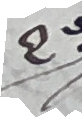
e